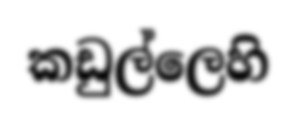
කඩුල්ලෙහි